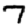
Digit: 7